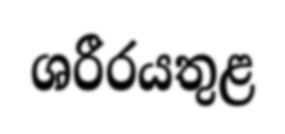
ශරීරයතුළ